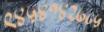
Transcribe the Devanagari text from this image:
९४५४१४२७८५